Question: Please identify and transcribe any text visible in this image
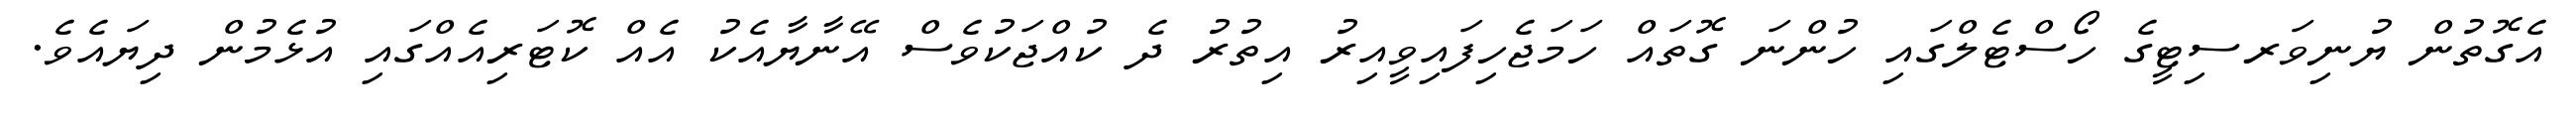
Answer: އެގޮތުން ޔުނިވަރސިޓީގެ ހޯސްޓެލްގައި ހުންނަ ގޮތައް ހަމަޖެހިފައިވީއިރު އިތުރު ދެ ކުއްޖަކުވެސް އޭނާޔާއެކު އެއް ކޮޓަރިއެއްގައި އުޅެމުން ދިޔައެވެ.